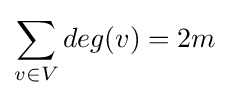
\sum _{v\in V}deg(v)=2m